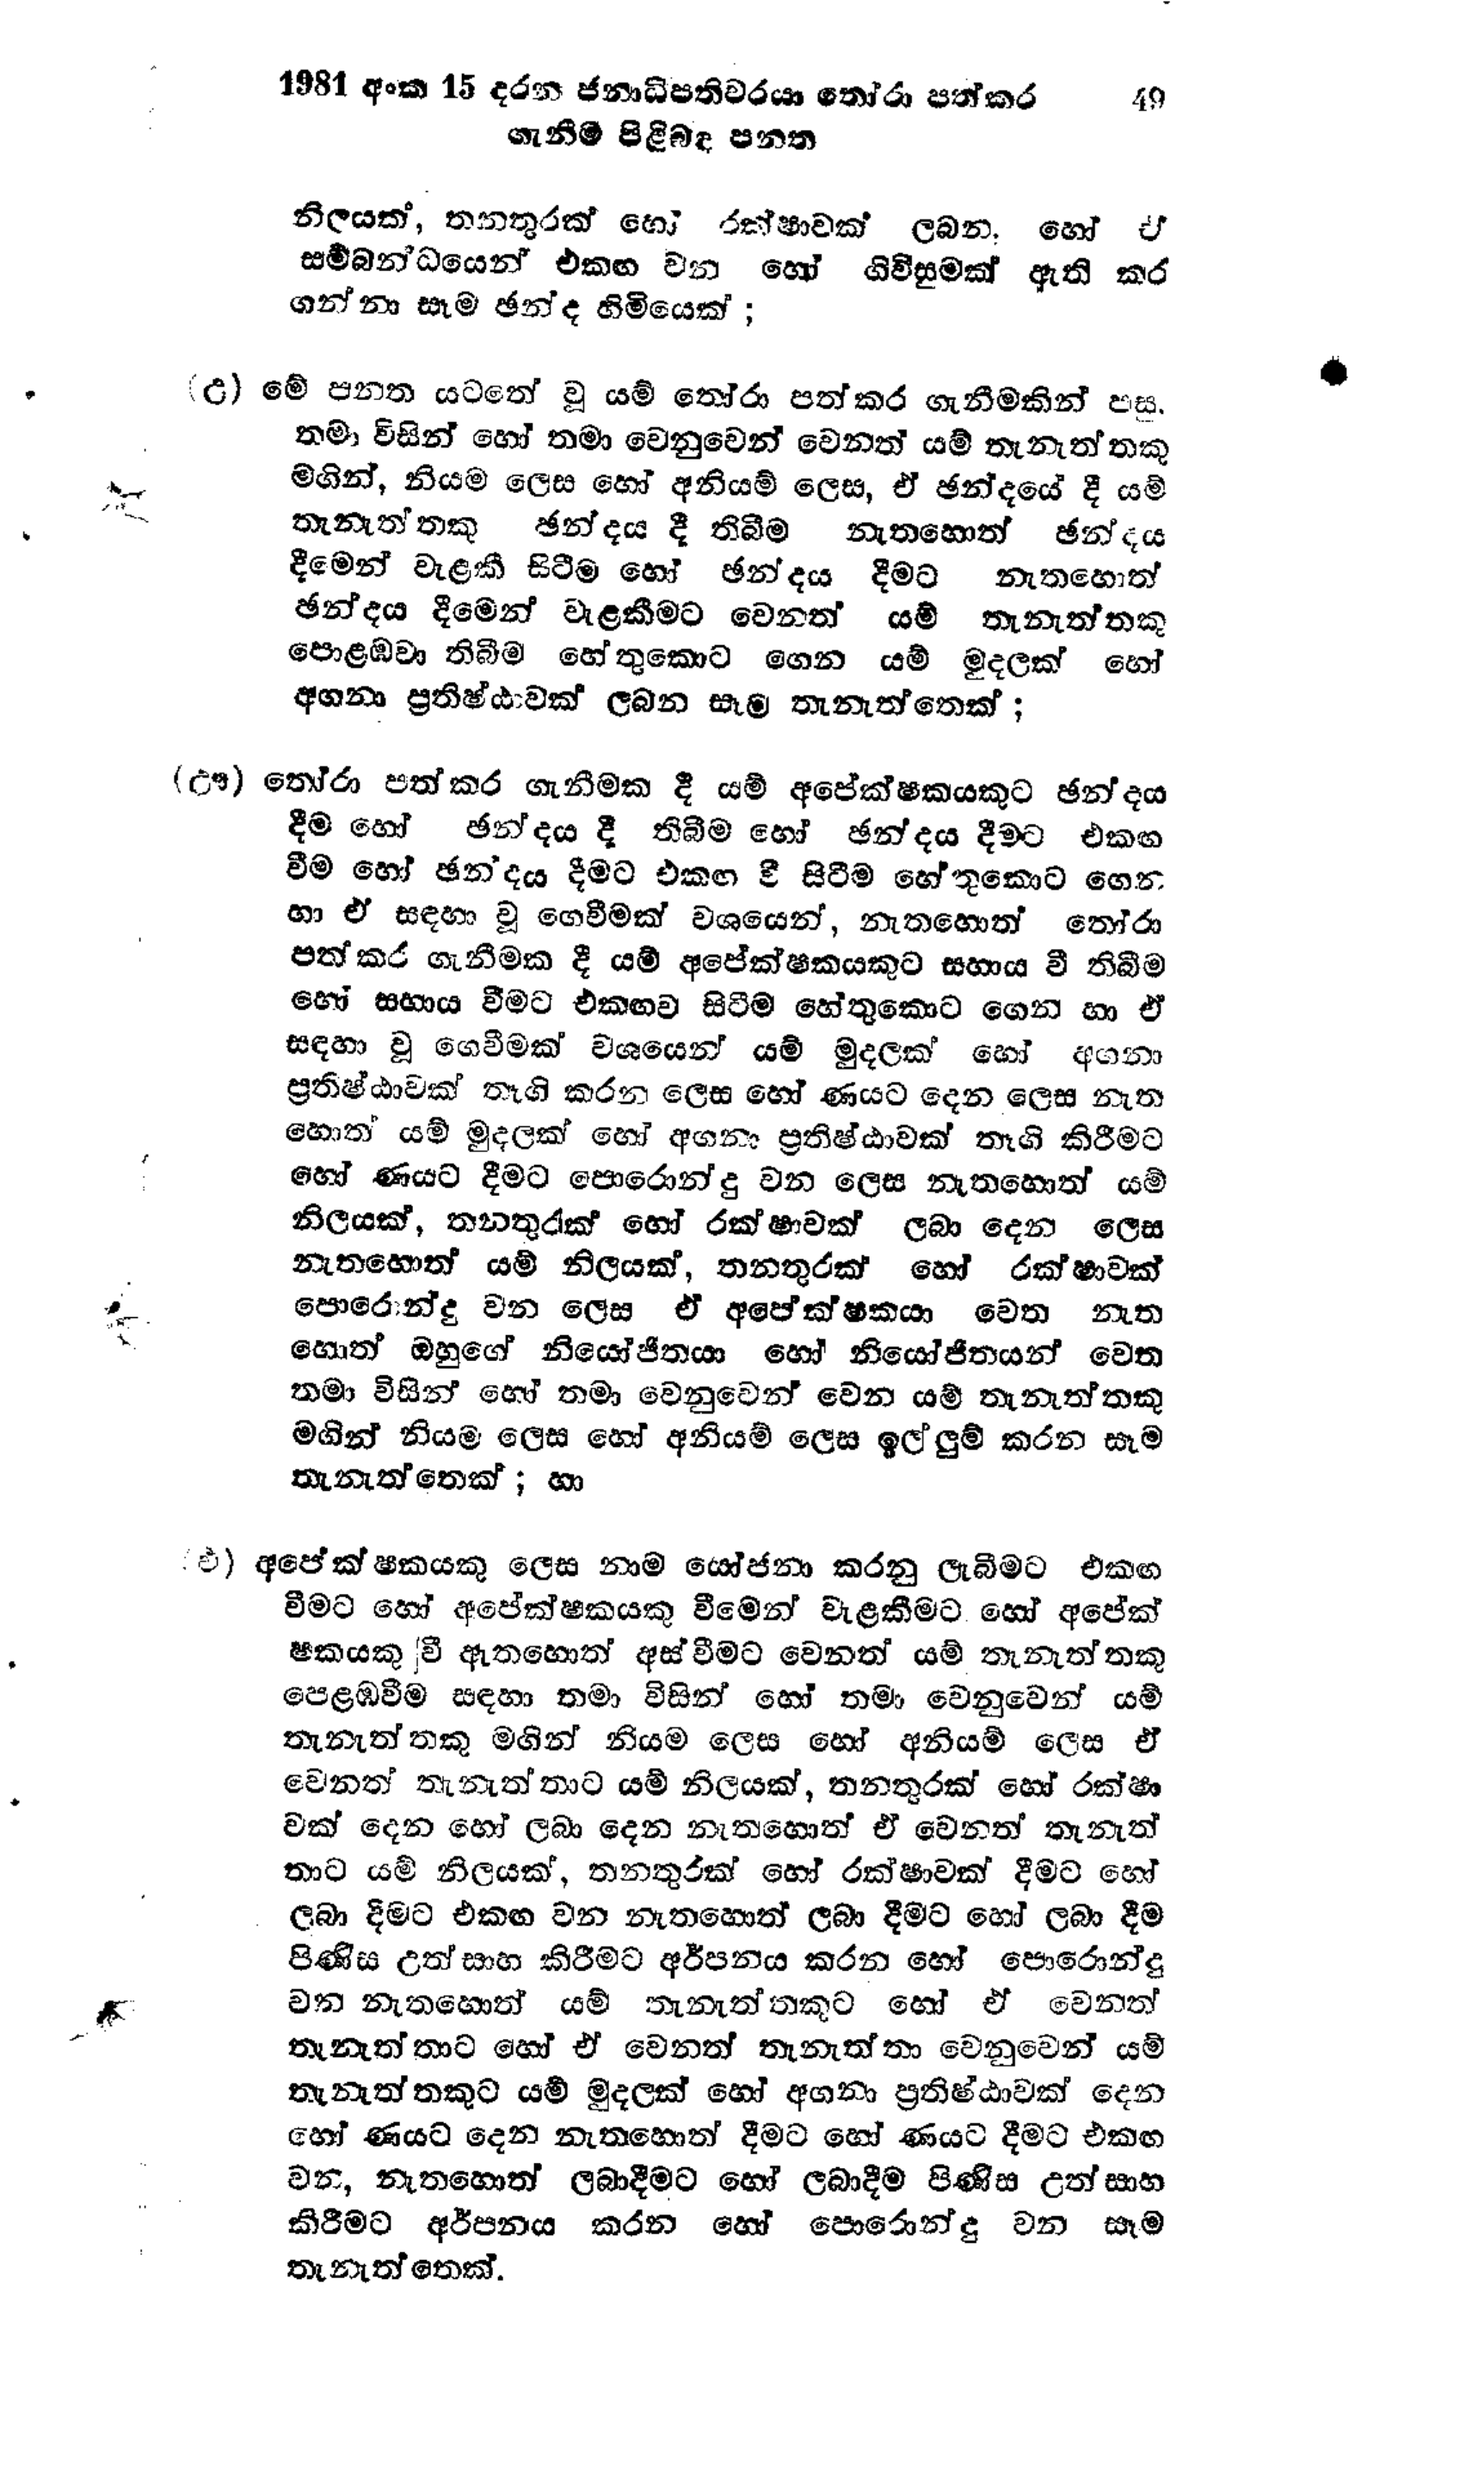
1981 අංක 15 දරන ජනාධිපතිවරයා තෝරා පත් කර		49
ගැනීම පිළිබඳ පනත

නිලයක්, තනතුරක් හෝ රක්ෂාවක් ලබන. හෝ ඒ
සම්බන්ධයෙන් එකඟ වන හෝ ගිවිසුමක් ඇති කර
ගන්නා සෑම ඡන්ද හිමියෙක්;

(උ) මේ පනත යටතේ වූ යම් තෝරා පත් කර ගැනීමකින් පසු
තමා විසින් හෝ තමා වෙනුවෙන් වෙනත් යම් තැනැත්තකු
මගින්, නියම ලෙස හෝ අනියම් ලෙස, ඒ ඡන්දයේ දී යම්
තැනැත්තකු ඡන්දය දී තිබීම නැතහොත් ඡන්දය
දීමෙන් වැළකී සිටීම හෝ ඡන්දය දීමට නැතහොත්
ඡන්දය දීමෙන් වැළකීමට වෙනත් යම් තැනැත්තකු
පොළඹවා තිබීම හේතුකොට ගෙන යම් මුදලක් හෝ
අගනා ප්‍රතිෂ්ඨාවක් ලබන සෑම තැනැත්තෙක්;

(ඌ) තෝරා පත් කර ගැනීමක දී යම් අපේක්ෂකයකුට ඡන්දය
දීම හෝ ඡන්දය දී තිබීම හෝ ඡන්දය දීමට එකඟ
වීම හෝ ඡන්දය දීමට එකඟ වී සිටීම හේතුකොට ගෙන
හා ඒ සඳහා වූ ගෙවීමක් වශයෙන්, නැතහොත් තෝරා
පත් කර ගැනීමක දී යම් අපේක්ෂකයකුට සහාය වී තිබීම
හෝ සහාය වීමට එකඟව සිටීම හේතුකොට ගෙන හා ඒ
සඳහා වූ ගෙවීමක් වශයෙන් යම් මුදලක් හෝ අගනා
ප්‍රතිෂ්ඨාවක් තෑගි කරන ලෙස හෝ ණයට දෙන ලෙස නැත
හොත් යම් මුදලක් හෝ අගනා ප්‍රතිෂ්ඨාවක් තෑගි කිරීමට
හෝ ණයට දීමට පොරොන්දු වන ලෙස නැතහොත් යම්
නිලයක්, තනතුරැක් හෝ රක්ෂාවක් ලබා දෙන ලෙස
නැතහොත් යම් නිලයක්, තනතුරක් හෝ රක්ෂාවක්
පොරොන්දු වන ලෙස ඒ අපේක්ෂකයා වෙත නැත
හොත් ඔහුගේ නියෝජිතයා හෝ නියෝජිතයන් වෙත
තමා විසින් හෝ තමා වෙනුවෙන් වෙන යම් තැනැත්තකු
මගින් නියම ලෙස හෝ අනියම් ලෙස ඉල්ලුම් කරන සෑම
තැනැත්තෙක්; හා

එ) අපේක්ෂකයකු ලෙස නාම යෝජනා කරනු ලැබීමට එකඟ
වීමට හෝ අපේක්ෂකයකු වීමෙන් වැළකීමට හෝ අපේක්
ෂකයකු වී ඇතහොත් අස් වීමට වෙනත් යම් තැනැත්තකු
පෙළඹවීම සඳහා තමා විසින් හෝ තමා වෙනුවෙන් යම්
තැනැත්තකු මගින් නියම ලෙස හෝ අනියම් ලෙස ඒ
වෙනත් තැනැත්තාට යම් නිලයක්, තනතුරක් හෝ රක්ෂා
වක් දෙන හෝ ලබා දෙන නැතහොත් ඒ වෙනත් තැනැත්
තාට යම් නිලයක්, තනතුරක් හෝ රක්ෂාවක් දීමට හෝ
ලබා දීමට එකඟ වන නැතහොත් ලබා දීමට හෝ ලබා දීම
පිණිස උත්සාහ කිරීමට අර්පනය කරන හෝ පොරොන්දු
වන නැතහොත් යම් තැනැත්තකුට හෝ ඒ වෙනත්
තැනැත්තාට හෝ ඒ වෙනත් තැනැත්තා වෙනුවෙන් යම්
තැනැත්තකුට යම් මුදලක් හෝ අගනා ප්‍රතිෂ්ඨාවක් දෙන
හෝ ණයට දෙන නැතහොත් දීමට හෝ ණයට දීමට එකඟ
වන, නැතහොත් ලබාදීමට හෝ ලබාදීම පිණිස උත්සාහ
කිරීමට අර්පනය කරන හෝ පොරොන්දු වන සෑම
තැනැත්තෙක්.